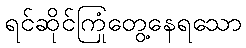
ရင်ဆိုင်ကြုံတွေ့နေရသော